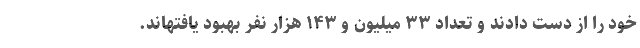
خود را از دست دادند و تعداد ۳۳ میلیون و ۱۴۳ هزار نفر بهبود یافتهاند.